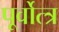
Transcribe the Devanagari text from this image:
पूर्वोत्त्र